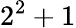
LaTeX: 2^{2}+1